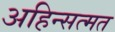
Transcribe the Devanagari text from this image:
अहिन्सत्मत